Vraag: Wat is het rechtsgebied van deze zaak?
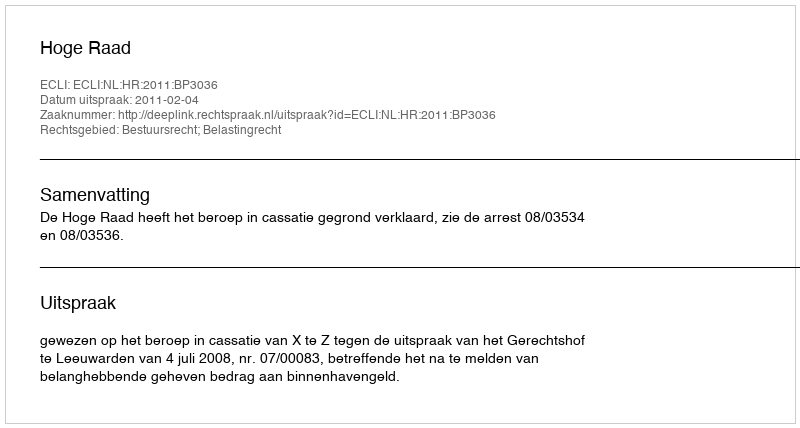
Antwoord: Bestuursrecht; Belastingrecht